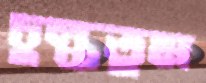
চুল্‌কতুম